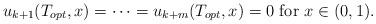
LaTeX: \begin{align*}u_{k+1}(T_{opt}, x) = \dots = u_{k+m}(T_{opt}, x) = 0 \mbox{ for } x \in (0, 1).\end{align*}